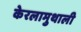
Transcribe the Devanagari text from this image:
केरलामुथाली